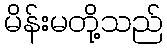
မိန်းမတို့သည်